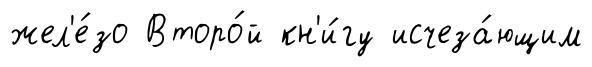
жел'е́зо Второ́й кн'и́гу исчеза́ющим